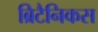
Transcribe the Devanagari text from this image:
ब्रिटैनिकस